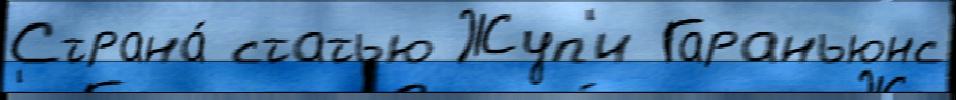
Страна́ статью Жуп'и Гараньюнс